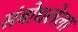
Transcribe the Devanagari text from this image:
संबोधलेला